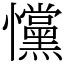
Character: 戃